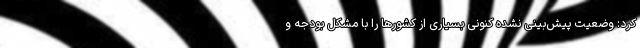
کرد: وضعیت پیش‌بینی نشده کنونی بسیاری از کشورها را با مشکل بودجه و